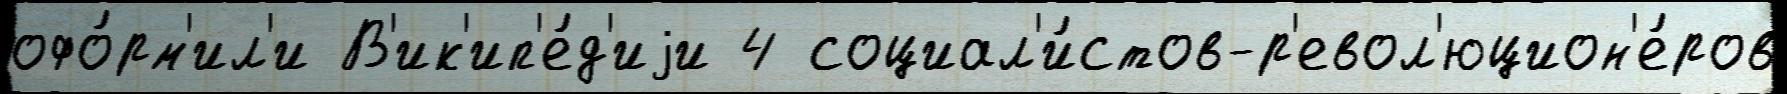
офо́рм'ил'и В'ик'ип'е́д'иjи 4 социал'и́стов-р'евол'юцион'е́ров